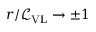
r / \mathcal { L } _ { \mathrm { V L } } \to \pm 1